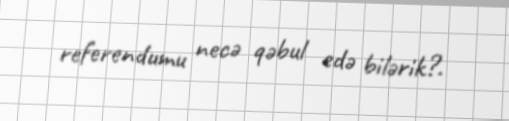
referendumu necə qəbul edə bilərik?.